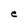
Character: e